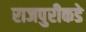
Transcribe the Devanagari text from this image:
राजपुरीकडे